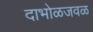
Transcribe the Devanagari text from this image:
दाभोळजवळ